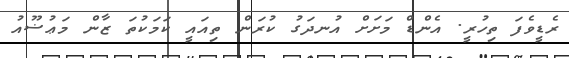
ރެޑީވެފަ ތިހުރީ. އެންޑް މަށަށް އުނދަގު ކުރަން ތިއައީ ކަމަކުތަ ޒާން މަޢުޟޫއު